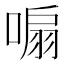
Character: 𭉮